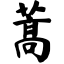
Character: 蒿